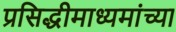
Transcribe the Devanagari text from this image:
प्रसिद्धीमाध्यमांच्या